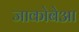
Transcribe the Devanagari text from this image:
जाकोबेआ